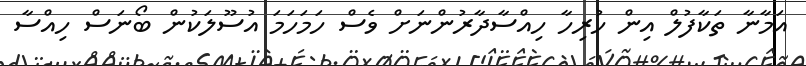
އަމާނާ ތަކާފުލް އިން ހުރިހާ ހިއްސާދާރުންނަށް ވެސް ހަމަހަމަ އުސޫލަކުން ބޯނަސް ހިއްސާ